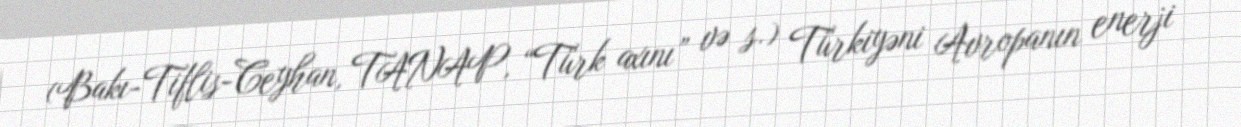
(Bakı-Tiflis-Ceyhan, TANAP, “Türk axını” və s.) Türkiyəni Avropanın enerji